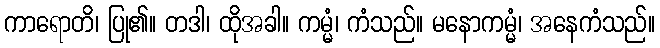
ကာရောတိ၊ ပြု၏။ တဒါ၊ ထိုအခါ။ ကမ္မံ၊ ကံသည်။ မနောကမ္မံ၊ အနေကံသည်။